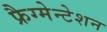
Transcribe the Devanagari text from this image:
फ्रैग्मेन्टेशन